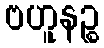
ဗဟူနဉ္စ